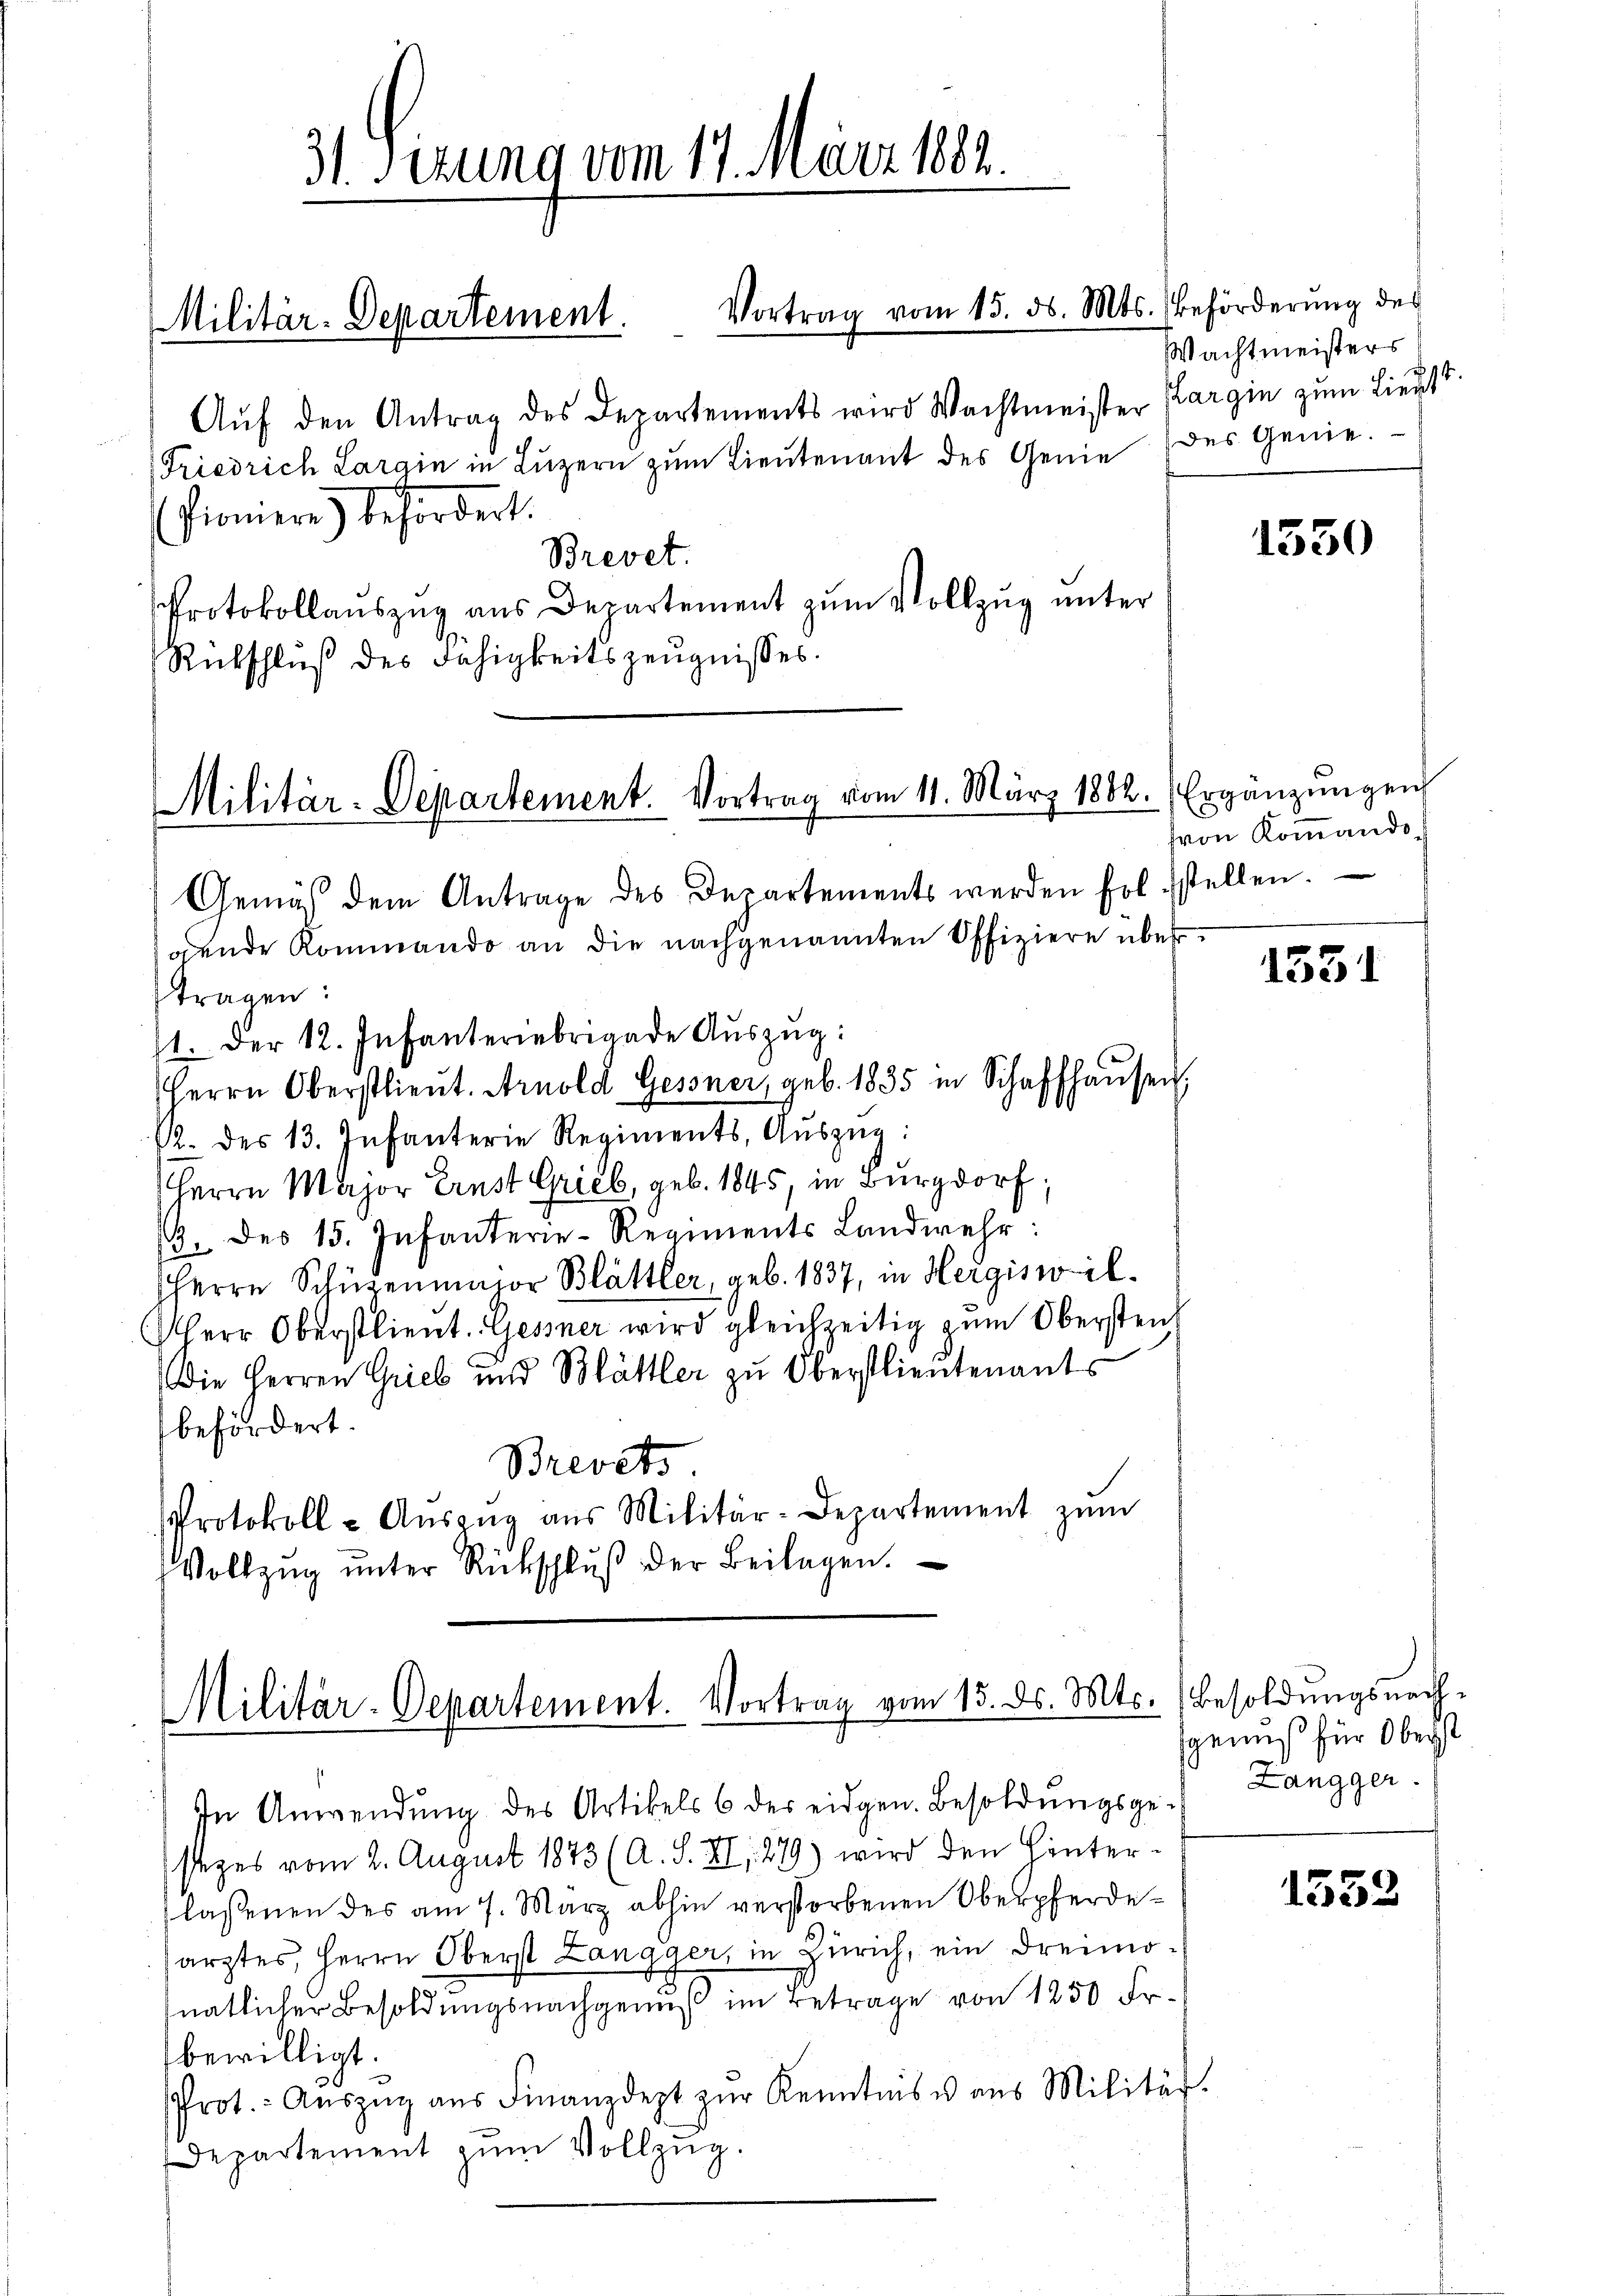
Aŭf den Antrag des Departements wird Wachtmeister Kargin zum Lieutt
Friedrich Largin in Lŭzern zŭm Lieŭtenant des Genie des Genie-
Pioniere befördert.
Brevet.
Protokollauszug aus Departement zum Vollzug unter
Rütschluß des Fähigkeitszeugnisses.

31 Sirung vom 17. März 1882.

Militär-Departement. Vortrag vom 15. ds. Mts. Beförderŭng des

Militär-Departement. Vortrag vom 11. März 1882. Ergänzŭngen

Militar-Departement. Vortrag vom 15. ds. Mts. Besoldŭngsnach-

Gemäß dem Antrage des Departements werden fol stellen.
gende Rommando an die nachgenannten Offiziere übertragen:
1. Der 12. Infanteriebrigade Aŭszŭg:
Herrn Oberstlieŭt. Arnold Gessner, geb. 1835 in Schaffhaŭsen,
12. des 13. Infanterie Regiments, Aŭszŭg:
Herrn Major Ernst Grieb, geb. 1845, in Burgdorf;
19. des 15. Infanterie-Regiments Landwehr:
Herrn Schüzenmaior Blättler, geb. 1837, in Hergiswil¬
Herr Oberstlieut. Gessner wird gleichzeitig zum Obersten
(Die Herren Grieb und Blättler zŭ Oberstlieutenants
befördert.
Brevets
Protokoll- Aŭszŭg aŭs Militär-Departement zŭm
Vollzŭg ŭnter Rückschlŭβ der Beilagen.

In Anwendŭng des Artikels 6 des eidgen. Besoldŭngsge- Zangger
t
sezes vom 2. August 1873 (A. 3. II, 279) wird den Hinter-
lassenen des am 7. März abhin verstorbenen Oberpferdesarztes, Herrn Oberst Langger, in Zürich, ein dreimofnatlicher Besoldŭngsnachgenŭβ im Betrage von 1250 Fr.
bewilligt.
Prot.- Aŭszŭg aŭs Finanzdept zŭr Kenntnis u aŭs Militär.
Departement zŭm Vollzŭg.

Wachtmeisters

1550

von Kommando

1531

genuß für Oberst

1552